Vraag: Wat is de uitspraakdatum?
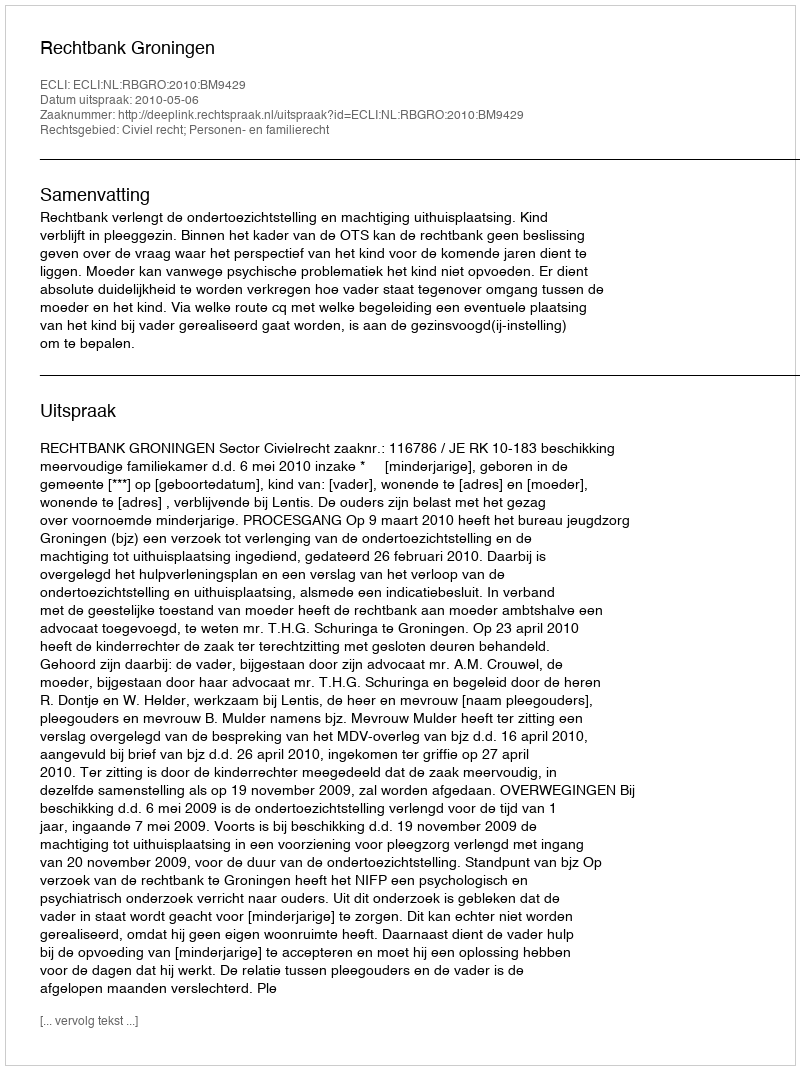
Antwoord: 2010-05-06